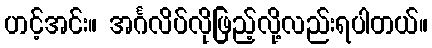
ဟင့်အင်း။ အင်္ဂလိပ်လိုဖြည့်လို့လည်းရပါတယ်။